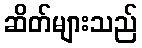
ဆိတ်များသည်